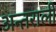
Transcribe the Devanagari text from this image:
अन्तराली